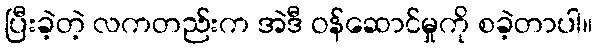
ပြီးခဲ့တဲ့ လကတည်းက အဲဒီ ဝန်ဆောင်မှုကို စခဲ့တာပါ။